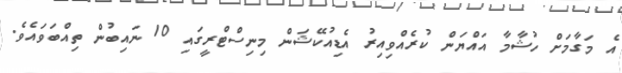
އެ މަގާމަށް ހުޝާމާ އައްޔަން ކުރެއްވިއިރު އެޑިއުކޭޝަން މިނިސްޓްރީގައި 10 ނައިބުން ތިއްބަވައެވެ.